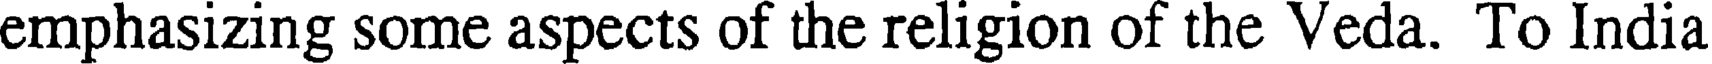
emphasizing some aspects of the religion of the Veda. To India